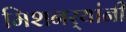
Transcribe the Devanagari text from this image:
मिशनर्‍यांनी